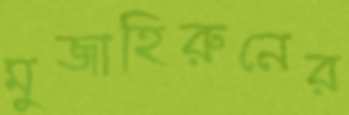
মুজাহিরুনের